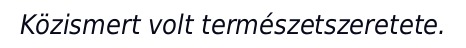
Közismert volt természetszeretete.